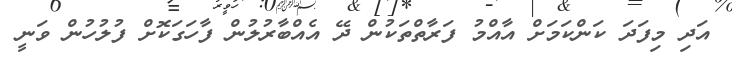
އަދި މިފަދަ ކަންކަމަށް އާއްމު ފަރާތްތަކުން ދޭ އެއްބާރުލުން ފާހަގަކޮށް ފުލުހުން ވަނީ